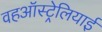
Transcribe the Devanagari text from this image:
वहऑस्ट्रेलियाई